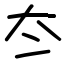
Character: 冭